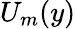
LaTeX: U_{m}(y)